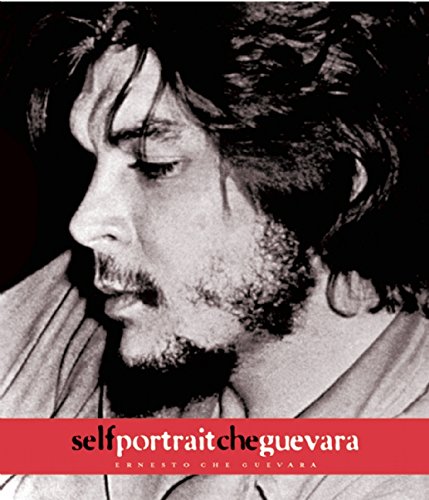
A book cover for Self Portrait Che Guevara; Ernesto Che Guevara; Travel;